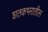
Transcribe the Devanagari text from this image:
शतकभरातील